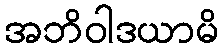
အဘိဝါဒယာမိ